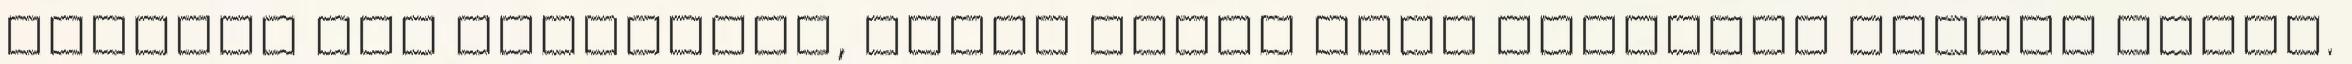
egyszer már elmondtam, nincs olyan hogy politika mentes dolog.